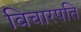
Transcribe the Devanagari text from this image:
विचारपति